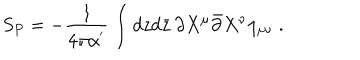
S _ { P } = - \frac { 1 } { 4 \pi \alpha ^ { ' } } \int d z d \bar { z } \, \partial X ^ { \mu } \bar { \partial } X ^ { \nu } \eta _ { \mu \nu } \; .